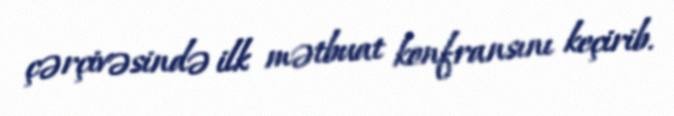
çərçivəsində ilk mətbuat konfransını keçirib.